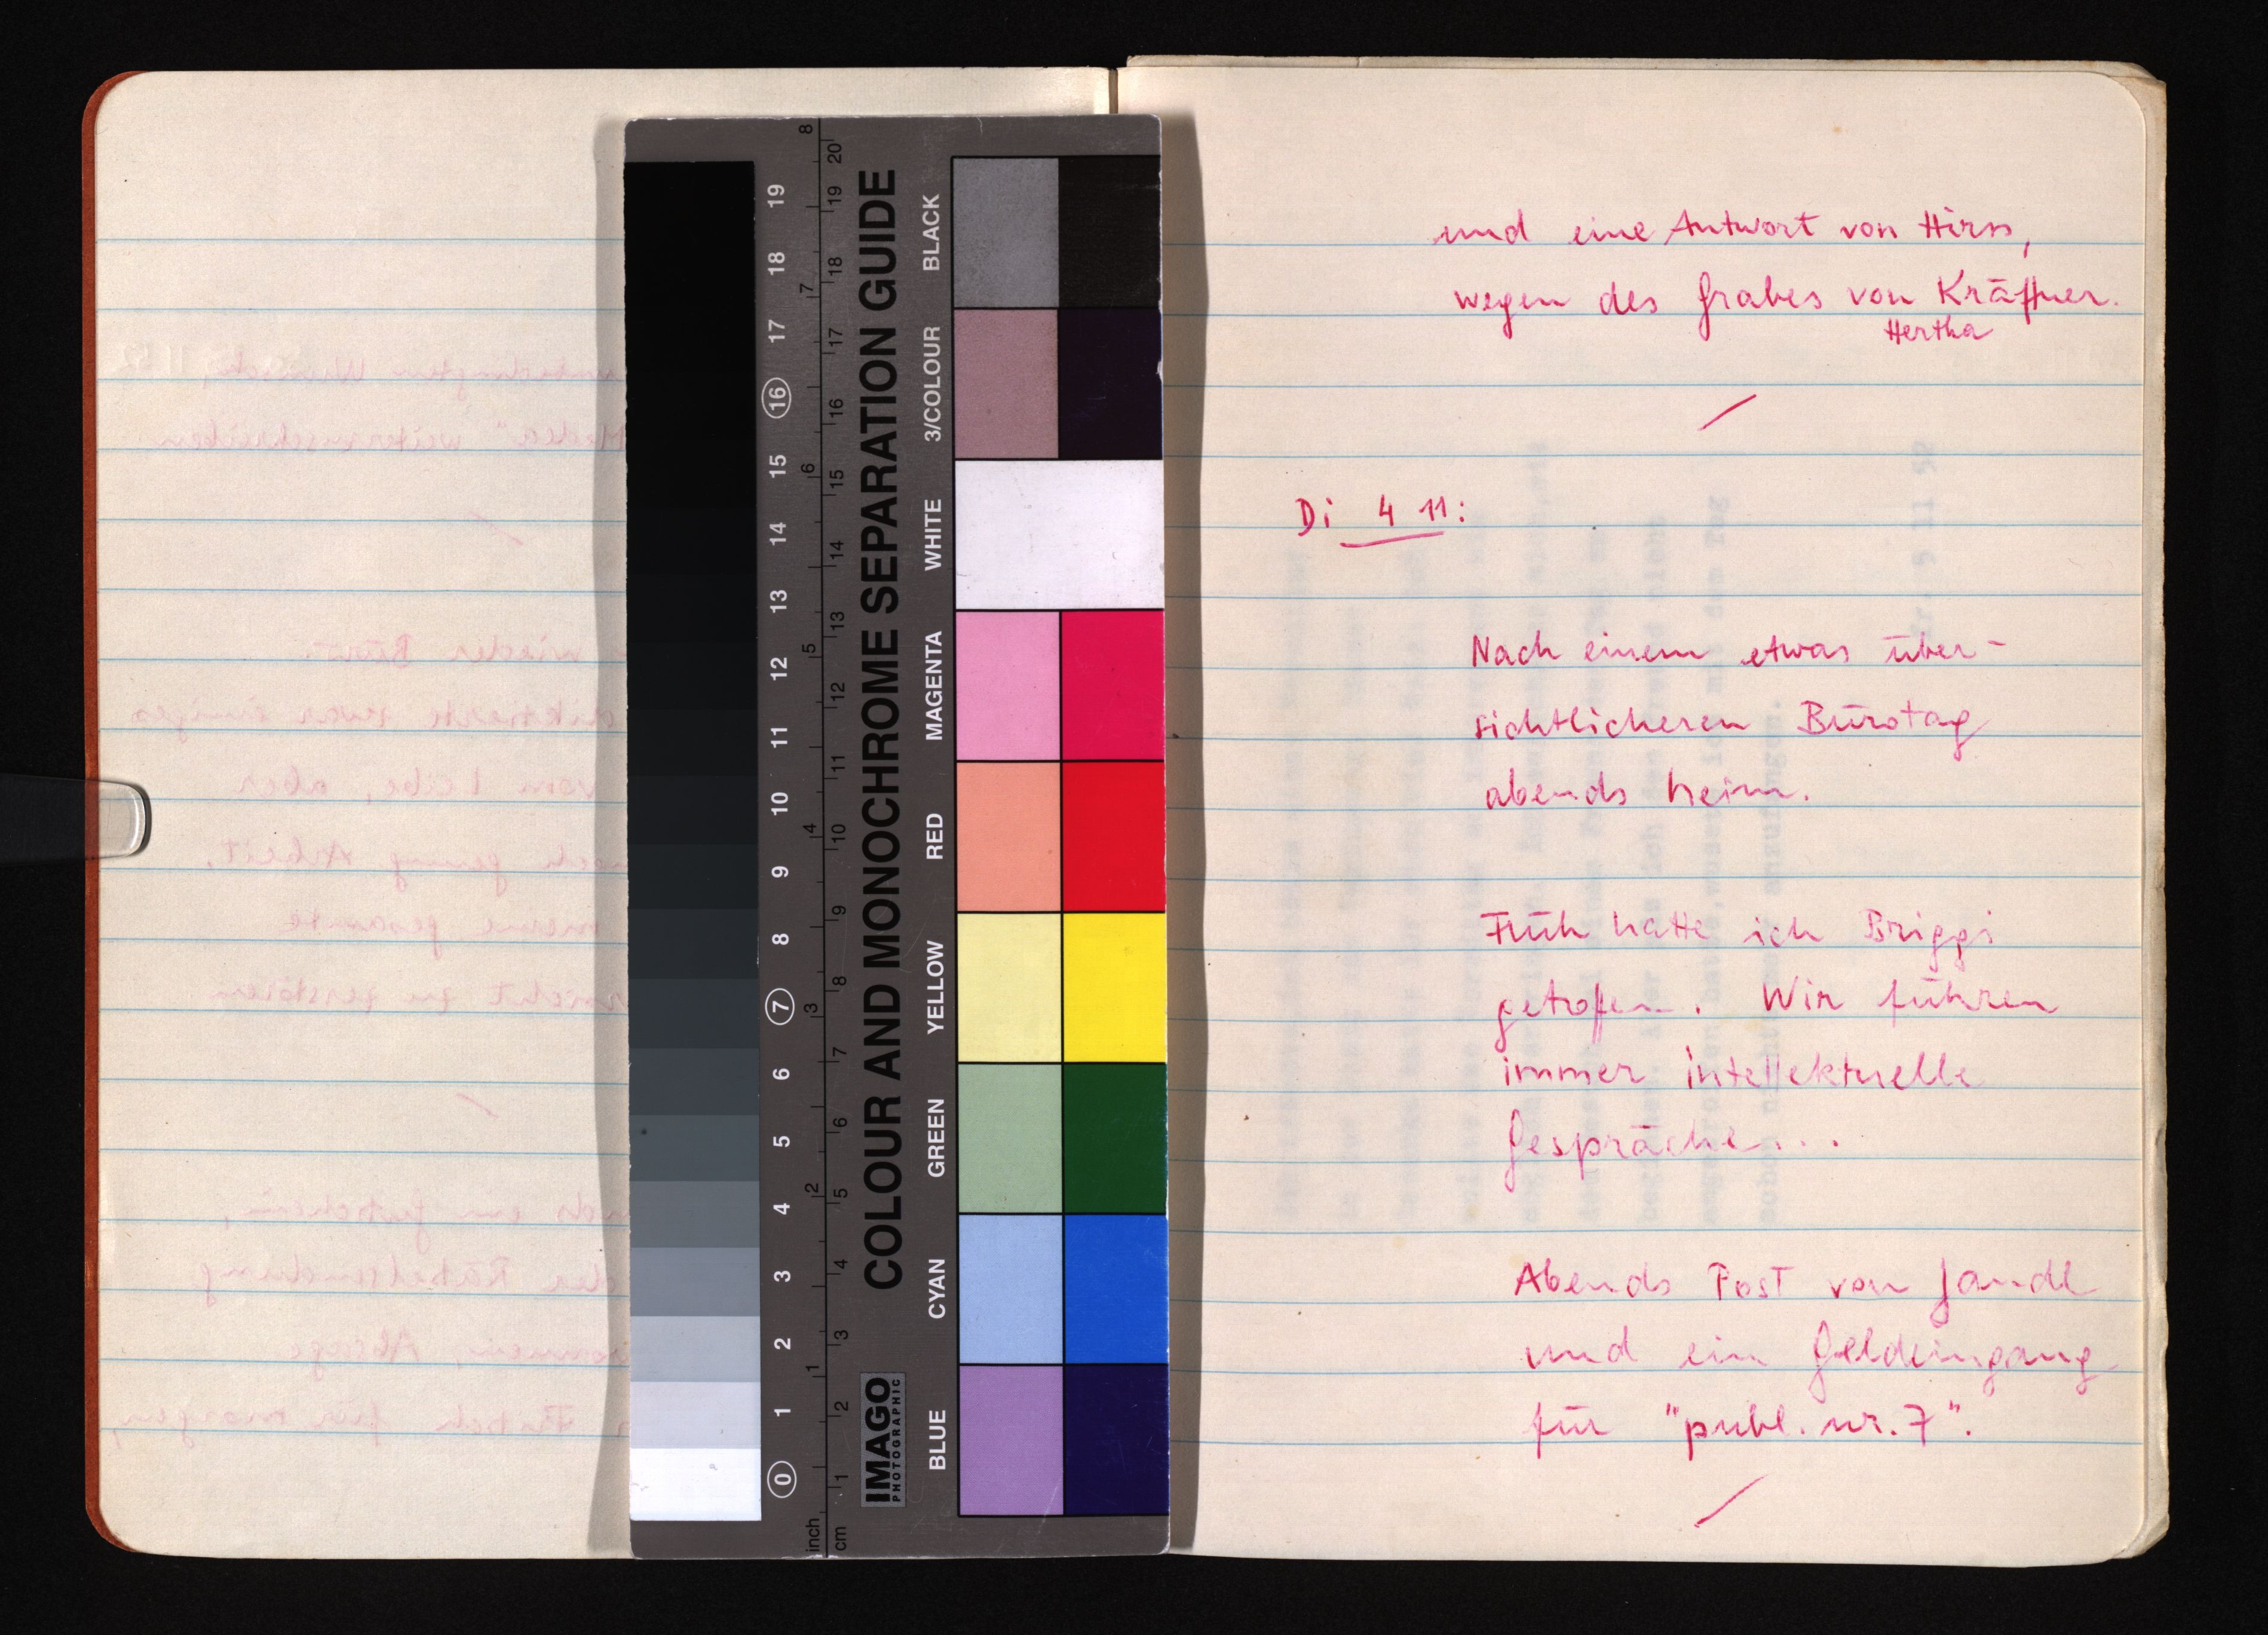
und eine Antwort von Hirss,
wegen des Grabes von Kräftner.
Hertha
Di 4 11:
Nach einem etwas über¬
sichtlicheren Bürotag
abends heim.
Früh hatte ich Briggi
getroffen. Wir führen
immer intellektuelle
Gespräche ...
Abends Post von Jandl
und ein Geldeingang
für "publ. nr. 7".